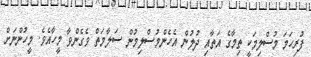
ފުރިހަމަ މުސްލިމަކީ ތިމާގެ އަތާއި ދުލުން އެހެންމުސްލިމުން ސަލާމަތް ވެގެންވާ މީހާއެވެ. މީހުންނަށް